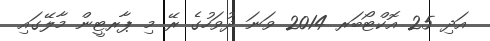
އަދި 25 އޮކްޓޯބަރ 2014 ވަނަ ދުވަހުގެ ރޭ މި ޕާރޓީން މާލޭގައި